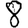
Digit: 8